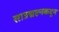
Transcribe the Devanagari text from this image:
साउद्मप्टनकदून